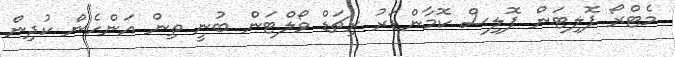
މެޓްރޯ ޕޮލިޓަން ޕޮލިސް ކޮމާންޑަރު ރިޗަޑް ވޯލްޓަން ބުނީ ތިން އަންހެން ކުދިން